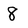
Character: 8